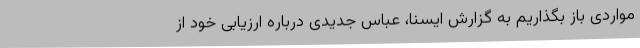
مواردی باز بگذاریم به گزارش ایسنا، عباس جدیدی درباره ارزیابی خود از